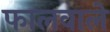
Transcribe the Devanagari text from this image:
फालवाले